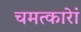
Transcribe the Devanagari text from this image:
चमत्कारेां